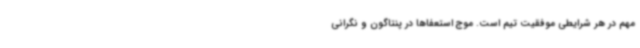
مهم در هر شرایطی موفقیت تیم است. موج استعفاها در پنتاگون و نگرانی